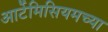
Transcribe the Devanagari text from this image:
आर्टेमिसियमच्या